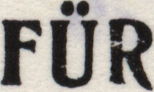
FUR